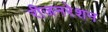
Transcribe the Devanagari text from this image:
रीजनरेशन